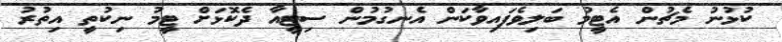
ކުޅުނު މެޗުން އެޓީމު ބަލިވެފައިވާކަން އެނގުމުން ސިޓީއާ ދެކޮޅަށް ޓީމު ނިކުތީ އިތުރު